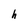
Character: h